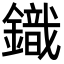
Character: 𮢿